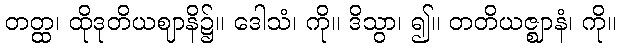
တတ္ထ၊ ထိုဒုတိယဈာနိ၌။ ဒေါသံ၊ ကို။ ဒိသွာ၊ ၍။ တတိယဇ္ဈာနံ၊ ကို။